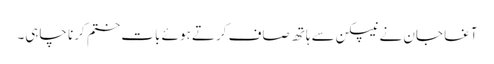
آغا جان نے نیپکن سے ہاتھ صاف کرتے ہوئے بات ختم کرنا چاہی۔